Lock hospitals Punjab
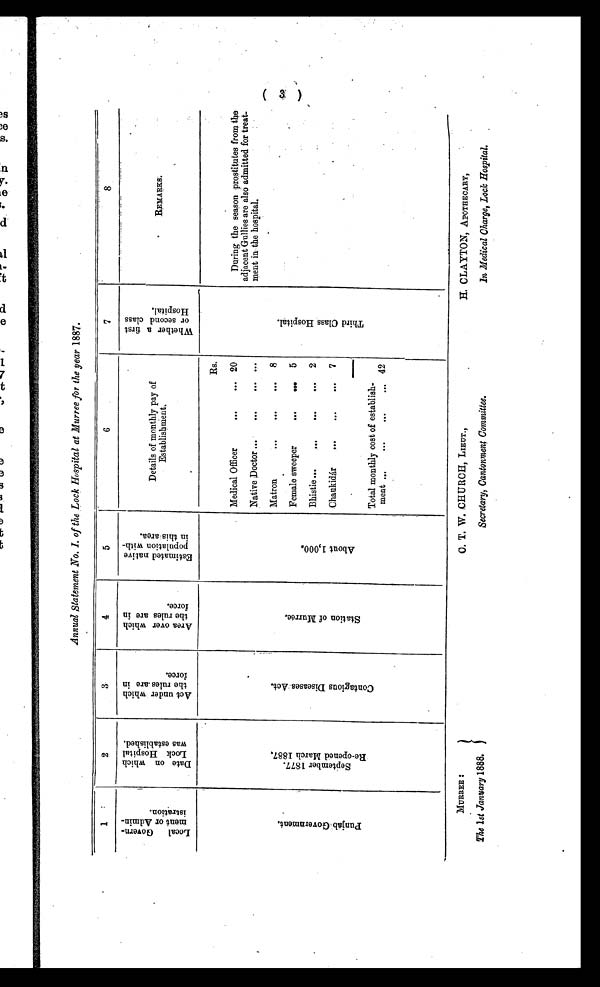
Annual Statement No. I. of the Lock Hospital at Murree for the year 1887.
1
2
3
4
5
6
7
8
L o c a l G o v e r n -
m e n t o r A d m i n -
i s t r a t i o n .
D a t e o n w h i c h
L o c a l H o s p i t a l
w a s e s t a b l i s h e d .
A c t u n d e r w h i c h
t h e r u l e s a r e i n
f o r c e .
A r e a o v e r w h i c h
t h e r u l e s a r e i n
f o r c e .
E s t i m a t e d n a t i v e
p o p u l a t i o n w i t h -
i n t h i s a r e a .
Details of monthly pay of
Establishment.
W h e t h e r a f i r s t
o r s e c o n d c l a s s
H o s p i t a l .
REMARKS.
P u n j a b G o v e r n m e n t .
S e p t e m b e r 1 8 7 7 .
R e - o p e n e d M a r c h 1 8 8 7 .
C o n t a g i o u s D i s e a s e s A c t .
S t a t i o n o f M u r r e e .
A b o u t 1 , 0 0 0 .
Medical Officer
Rs.
T h i r d C l a s s H o s p i t a l .
During the season prostitutes from the
adjacent Gullies are also admitted for treat-
ment in the hospital.
. . .
... 20
Native Doctor ...
...
. . .
. . .
Matron
...
. . .
. . .
8
Female sweeper
. . .
. . .
5
Bhistie ...
...
...
...
2
Chaukidár
...
. . .
. . .
7
Total monthly cost of establish-
ment ...
...
...
. . . 42
MURREE :
C. T. W. CHURCH, LIEUT.,
H. CLAYTON, APOTHECARY,
The 1st January 1888. Secretary, Cantonment Committee. In Medical Charge, Lock Hospital.
( 3 )